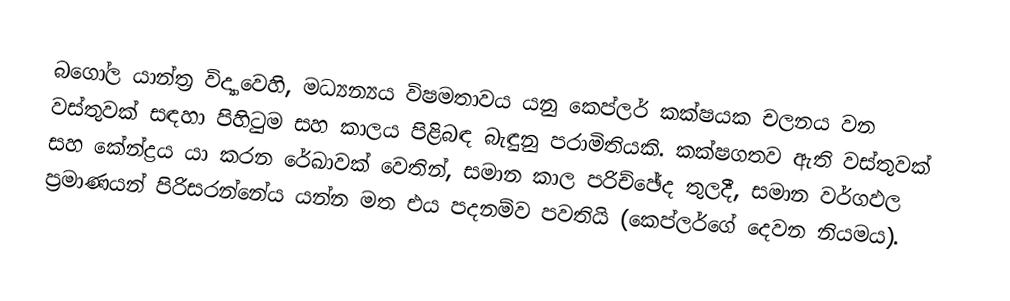
බගෝල යාන්ත්‍ර විද්‍යාවෙහි, මධ්‍යන්‍යය විෂමතාවය යනු කෙප්ලර් කක්ෂයක චලනය වන වස්තුවක් සඳහා පිහිටුම සහ කාලය පිළිබඳ බැඳුනු පරාමිතියකි. කක්ෂගතව ඇති වස්තුවක් සහ කේන්ද්‍රය යා කරන රේඛාවක් වෙතින්, සමාන කාල පරිච්ඡේද තුලදී, සමාන වර්ගඵල ප්‍රමාණයන් පිරිසරන්නේය යන්න මත එය පදනම්ව පවතියි (කෙප්ලර්ගේ දෙවන නියමය).